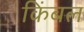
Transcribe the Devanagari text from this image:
किंबल